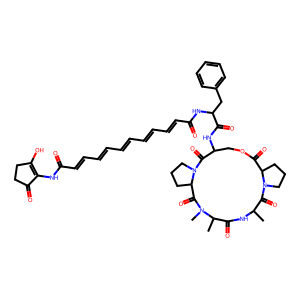
SMILES: CC1NC(=O)C(C)N(C)C(=O)C2CCCN2C(=O)C(NC(=O)C(Cc2ccccc2)NC(=O)C=CC=CC=CC=CC=CC(=O)NC2=C(O)CCC2=O)COC(=O)C2CCCN2C1=O
Inhibits HIV replication: No